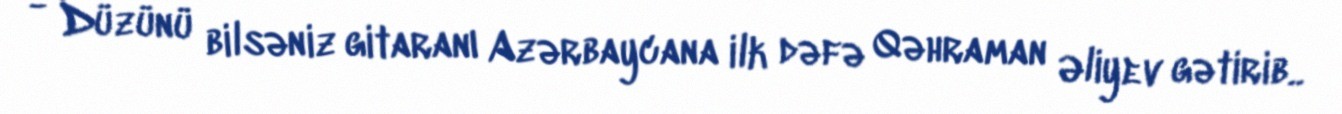
- Düzünü bilsəniz gitaranı Azərbaycana ilk dəfə Qəhraman Əliyev gətirib..